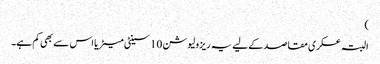
)
البتہ عسکری مقاصد کےلیے یہ ریزولیوشن 10 سینٹی میٹر یا اس سے بھی کم ہے۔